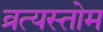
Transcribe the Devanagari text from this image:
व्रत्यस्तोम